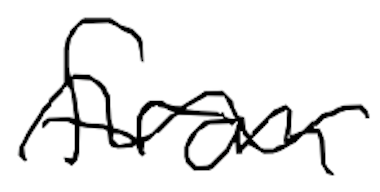
Text: from
Cross-out: mix
Writing tool: digital_black